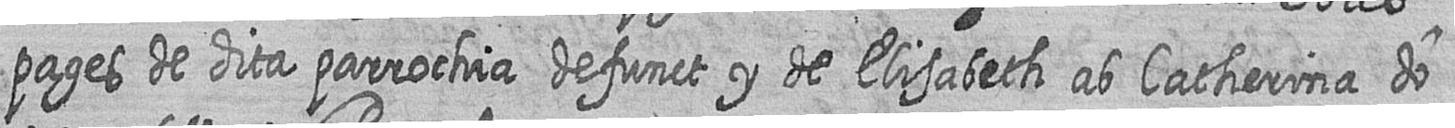
pages de dita parrochia defunct y de Elisabeth ab Catherina do=